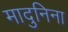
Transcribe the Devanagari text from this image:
मादुनिना